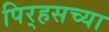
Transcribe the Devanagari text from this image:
पिर्‍हसच्या